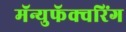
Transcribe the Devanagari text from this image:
मॅन्युफॅक्‍चरिंग